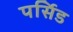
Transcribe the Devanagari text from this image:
पर्सिड